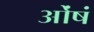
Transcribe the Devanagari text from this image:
ओंषं